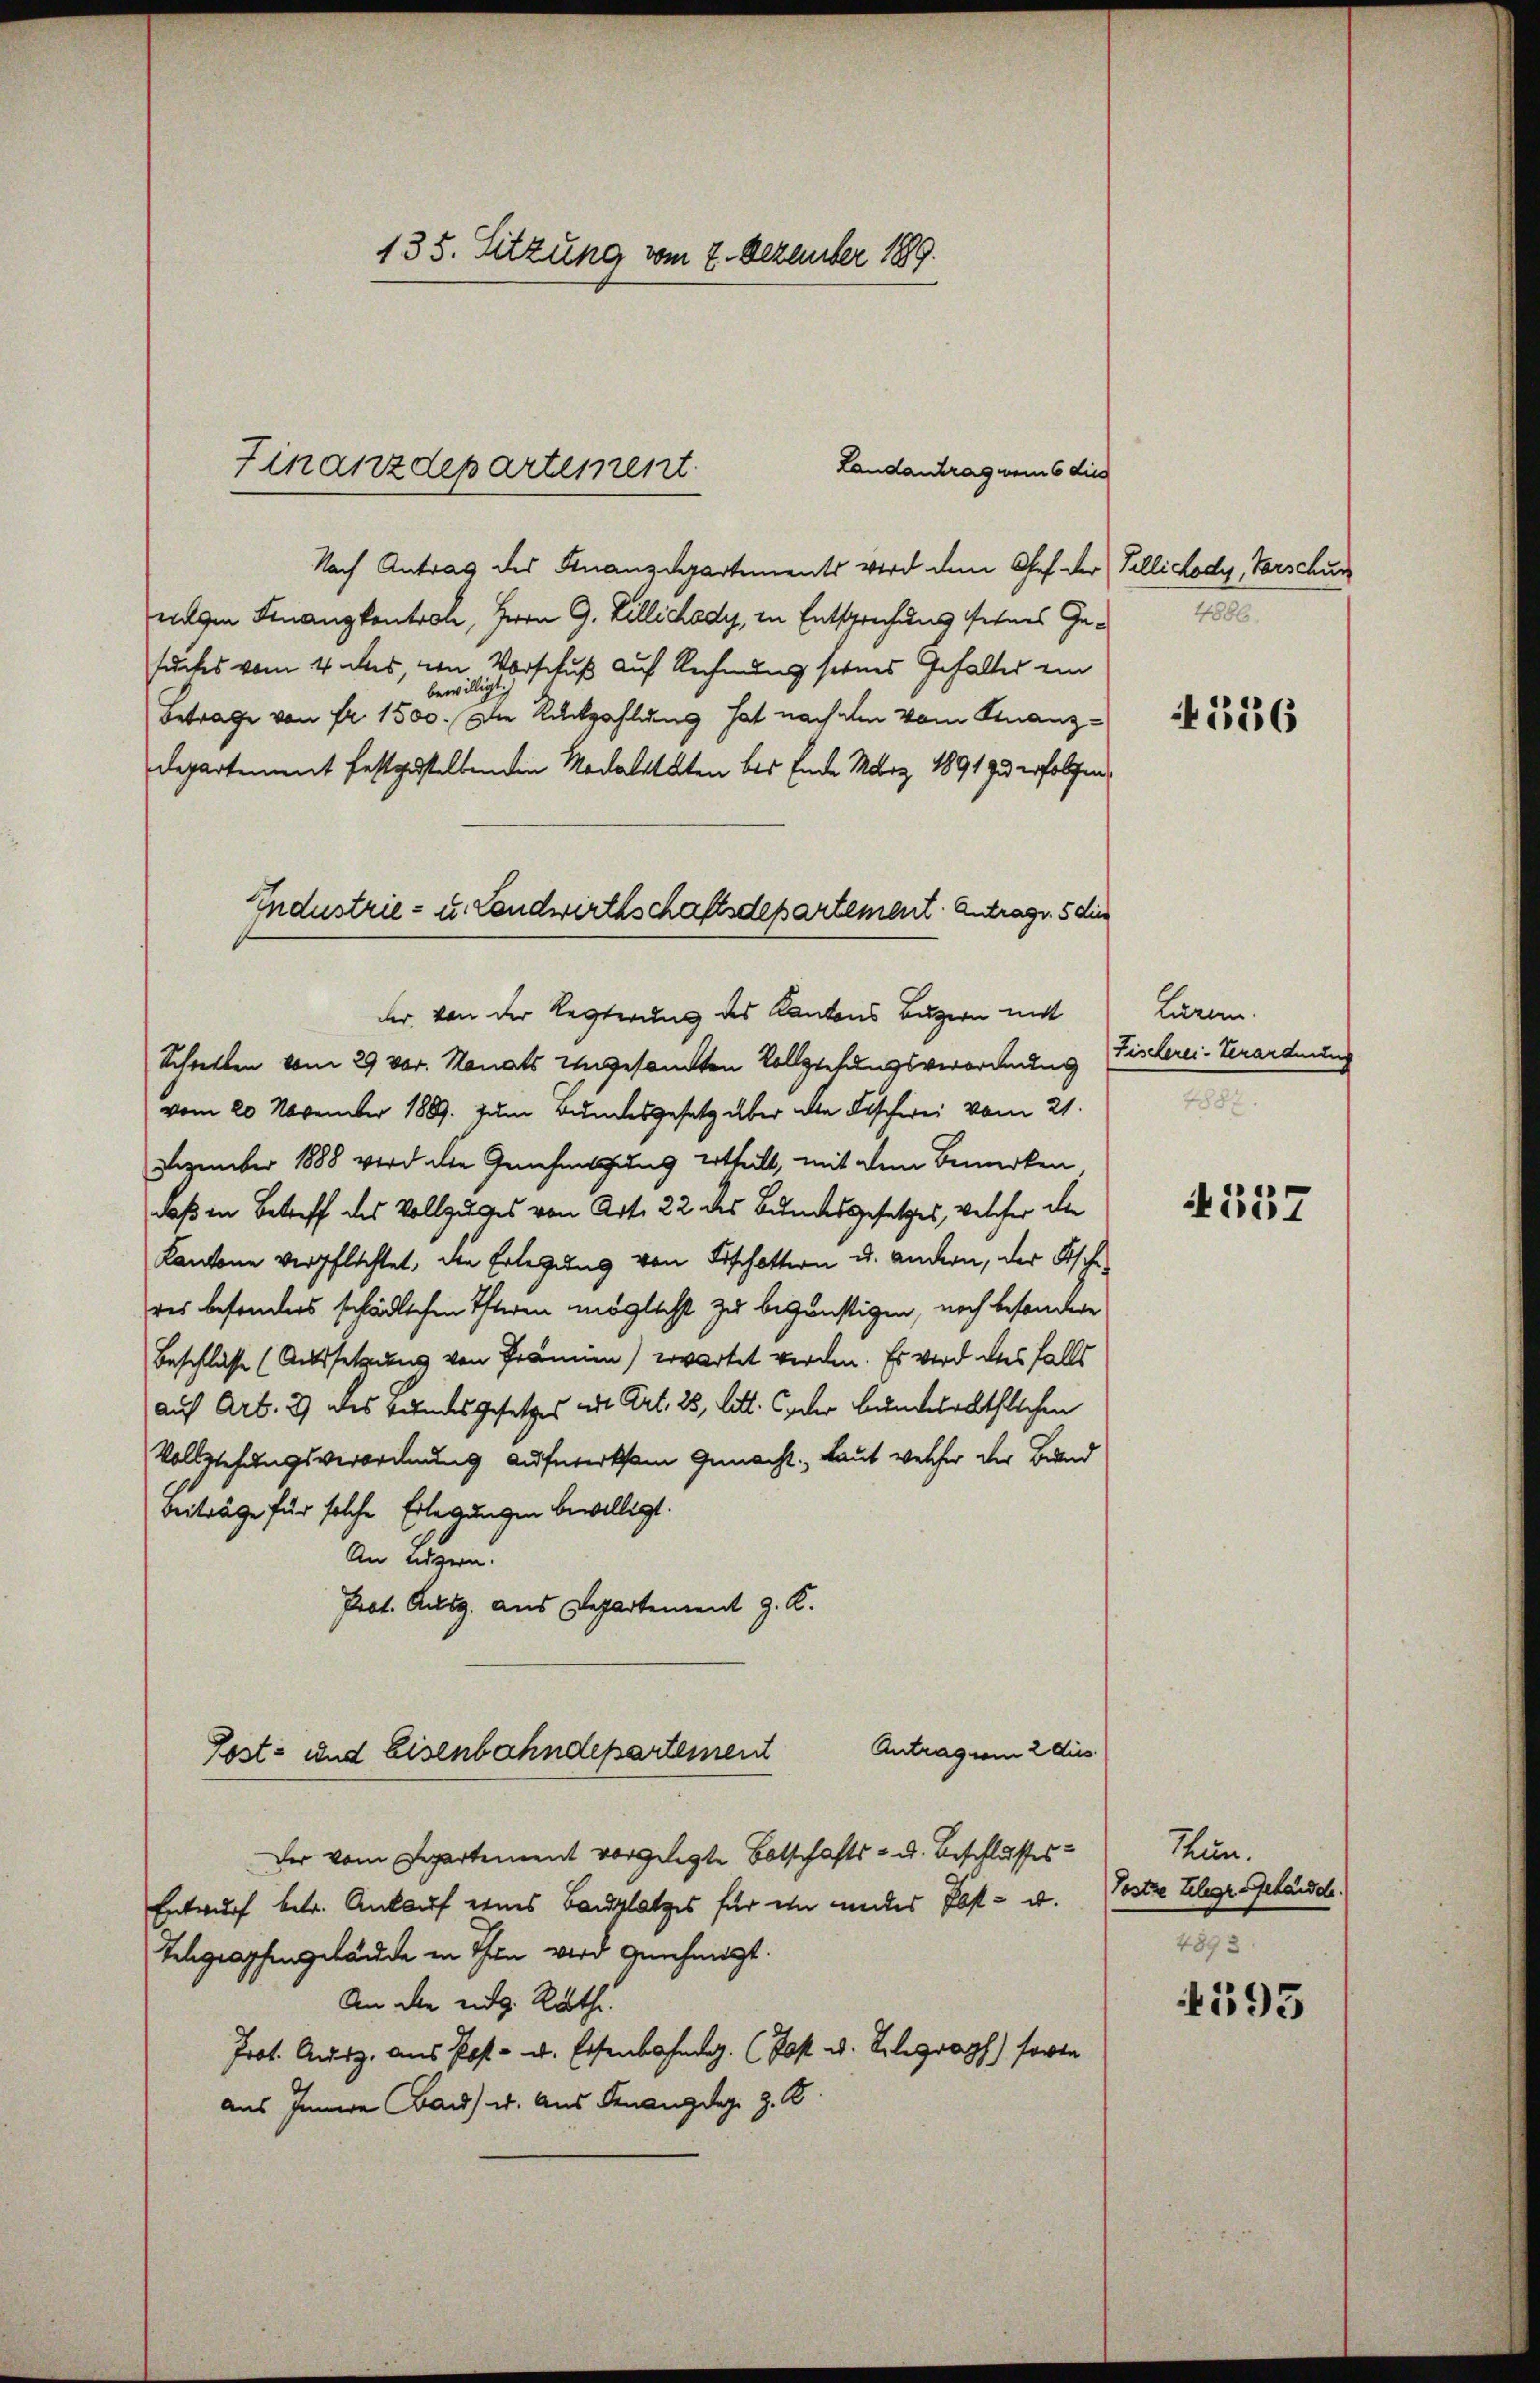
135. Sitzung vom 2. Dezember 189.

Landantrag vom 6 dies
Finanzdepartement

Nach Antrag des Finanzdepartements wird dem Ges. der
wagen Finanzkontrole, Herrn G. Billichody, in Entsprechung seines Gesuches vom 4 das, von Vorschuß auf Rechnung seines Gehaltes ein
bewilligt:)
Betrage von fr. 1500. Der Rückzahlung hat nach den vom Finanz-
Departement festgestellenden Modalitäten bei Ende März 1891 zu erfolgen
der, von der Regierung des Kantons Luzern mit
Schreiben vom 29 vor. Monats Ungesandten Vollziehungsverordnung
vom 20. November 1889 zum Bundesgesetz über die Fischwei vom 21.
Dezember 1888 wird die Genehmlichung ertheilt, mit dem Bemerken
daß in Betreff des Vollzuges von Art. 22 des Bundesgesetzes, welcher de
Kantone verpflichtet, die Erlegung von Fischottern u. andern, der Fische
res besonders schädlichen Theren möglicht zu begünstigen, noch besondere
Beschlüsse (Aussetzung von Prämien) erwartet werden. Es wird diesfalls
auf Art. 2) des Bundes Gesetzes mit Art. 25, Litt. Ceder bundesräthlichen
Vollziehungsverordnung aufmerksam gemacht. Laut welcher der Bund
Beiträge für solche Erlegungen bewilligt.
An eigern.
Prot. Ausg. aus Departement z. K.
Antragen 2 dies
Post- und Eisenbahndepartement
Der vom Departement vorgelegte Botschafts- u. Beschlusses
Entwurf betr. Ankauf eines Bauplatzes für ein andes Post- u.
Telegraphengebäude in Thun wird genehmigt.
An die eidg. Rathe
rot. Ausz. aus Post. Eisenbahn (Post u. La forte
aus Innere Bau u. Aus Genang des z. B.

Industrie- u. Landwirthschaftsdepartement. Antrags. 5 dies

Tillichody, Verschun
4586.

136

Luren.
Fischerei- Verordnung

4357

Hun.
Tostze Telege Gebäude.
4893

595